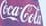
CocaCola